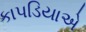
કાપડિયાએ